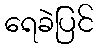
ရေခဲပြင်